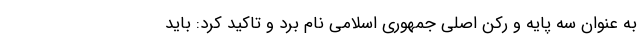
به عنوان سه پایه و رکن اصلی جمهوری اسلامی نام برد و تاکید کرد: باید